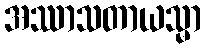
အဿာသတာယသ္မာ